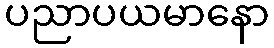
ပညာပယမာနော